Note on the mental hospitals in Burma - 1925-1940
Year: 1925
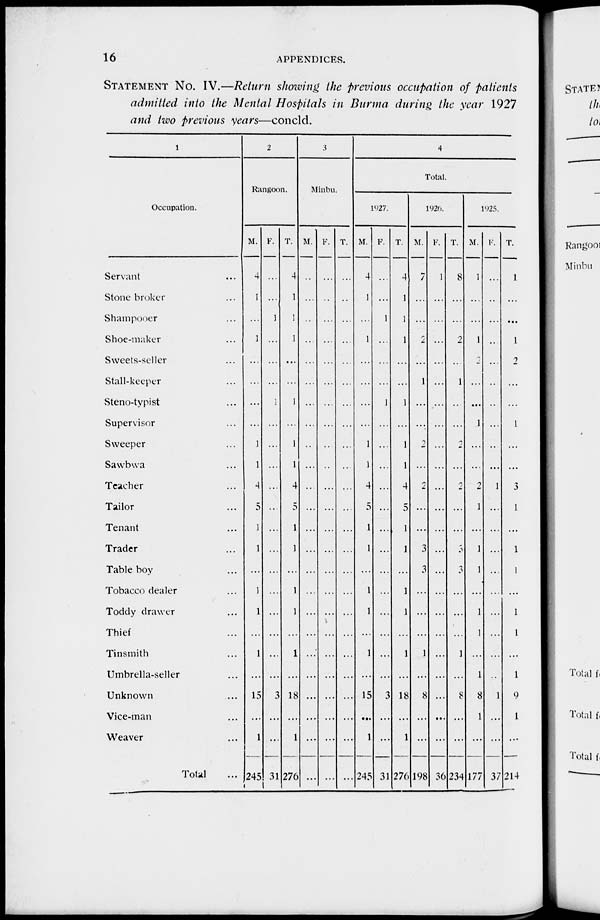
16
APPENDICES.
STATEMENT NO. IV.—Return showing the previous occupation of patients
admitted into the Mental Hospitals in Burma during the year 1927
and two previous years—concld.
1
Occupation.
Servant ...
Stone broker ...
Shampooer ...
Shoe-maker ...
Sweets-seller ...
Stall-keeper ...
Steno-typist ...
Supervisor ...
Sweeper ...
Sawbwa ...
Teacher ...
Tailor ...
Tenant ...
Trader ...
Table boy ...
Tobacco dealer ...
Toddy drawer ...
Thief ...
Tinsmith ...
Umbrella-seller ...
Unknown ...
Vice-man ...
Weaver ...
Total ...
2
Rangoon.
M.
4
1
...
1
...
...
...
...
1
1
4
5
1
1
...
1
1
...
1
...
15
...
1
245
F.
...
...
1
...
...
...
1
...
...
...
...
...
...
...
...
...
...
...
...
...
3
...
...
31
T.
4
1
1
1
...
...
1
...
1
1
4
5
1
1
...
1
1
...
1
...
18
...
1
276
3
Minbu.
M.
...
...
...
...
...
...
...
...
...
...
...
...
...
...
...
...
...
...
...
...
...
...
...
...
F.
...
...
...
...
...
...
...
...
...
...
...
...
...
...
...
...
...
...
...
...
...
...
...
...
T.
...
...
...
...
...
...
...
...
...
...
...
...
...
...
...
...
...
...
...
...
...
...
...
...
4
Total.
1927.
M.
4
1
...
1
...
...
...
...
1
1
4
5
1
1
...
1
1
...
1
...
15
...
1
245
F.
...
...
1
...
...
...
1
...
...
...
...
...
...
...
...
...
...
...
...
...
3
...
...
31
T.
4
1
1
1
...
...
1
...
1
1
4
5
1
1
...
1
1
...
1
...
18
...
1
276
1926.
M.
7
...
...
2
...
1
...
...
2
...
2
...
...
3
3
...
...
...
1
...
8
...
...
198
F.
1
...
...
...
...
...
...
...
...
...
...
...
...
...
...
...
...
...
...
...
...
...
...
36
T.
8
...
...
2
...
1
...
...
2
...
2
...
...
3
3
...
...
...
1
...
8
...
...
234
1925.
M.
1
...
...
1
2
...
...
1
...
...
2
1
...
1
1
...
1
1
...
1
8
1
...
177
F.
...
...
...
...
...
...
...
...
...
...
1
...
...
...
...
...
...
...
...
...
1
...
...
37
T.
1
...
...
1
2
...
...
1
...
...
3
1
...
1
1
...
1
1
...
1
9
1
...
214